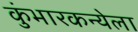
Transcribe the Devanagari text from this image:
कुंभारकन्येला